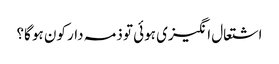
اشتعال انگیزی ہوئی تو ذمہ دار کون ہو گا؟